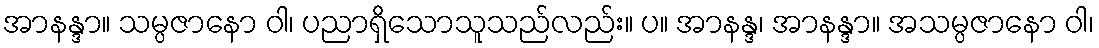
အာနန္ဒာ။ သမ္ပဇာနော ဝါ၊ ပညာရှိသောသူသည်လည်း။ ပ။ အာနန္ဒ၊ အာနန္ဒာ။ အသမ္ပဇာနော ဝါ၊